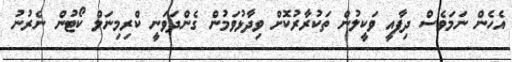
އެހެން ނަމަވެސް ދިފާއީ ވަކީލުން ތަކުރާރުކޮށް ވިދާޅުވަމުން ގެންދަވަނީ ކްރިމިނަލް ކޯޓުން ނެރުނު